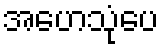
အဟေသုံပေ